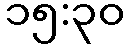
၁၅:၃၀